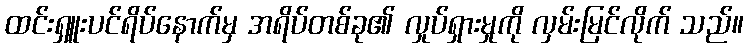
ထင်းရှူးပင်ရိပ်နောက်မှ အရိပ်တစ်ခု၏ လှုပ်ရှားမှုကို လှမ်းမြင်လိုက် သည်။